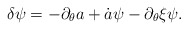
\begin{align*}\delta\psi=-\partial_\theta a+\dot{a}\psi-\partial_\theta\xi\psi.\end{align*}